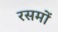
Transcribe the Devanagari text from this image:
रसमों